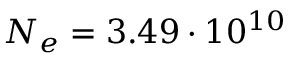
N _ { e } = 3 . 4 9 \cdot 1 0 ^ { 1 0 }